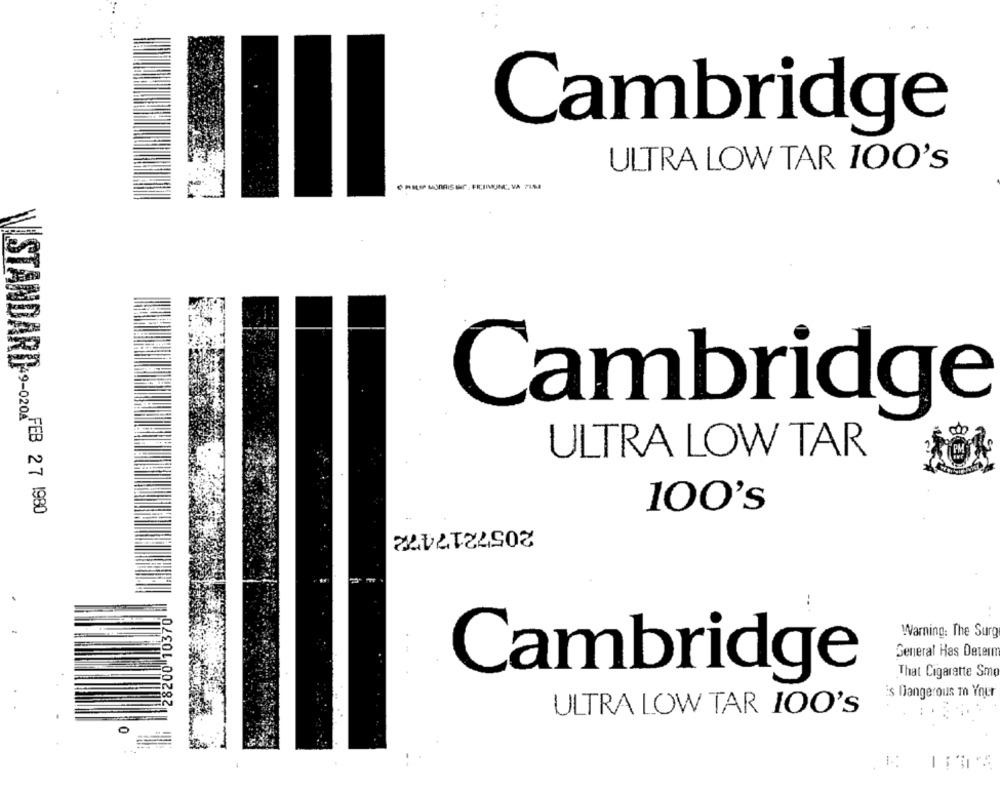
Cambridge
ULTRA LOW TAR 100's
Cambridge
ULTRA LOW TAR
100's
STANDARD *9-020- FEB 27 1980
2057217472
28200 10370
Warning: The Surg
General Has Determ
That Cigarette Smo
Cambridge
is Dangerous m Your
ULTRA LOW TAR 100's